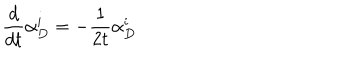
LaTeX: \frac { d } { d t } \alpha _ { D } ^ { i } = - \frac { 1 } { 2 t } \alpha _ { D } ^ { i }